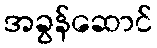
အခွန်ဆောင်